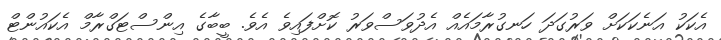
އެކަކު އަނެކަކަށް ވަރުގަދަ ހަނގުރާމައެއް އެދުވަސްވަރު ކޮށްފައިވެ އެވެ. ބީބާގެ އިންސްޓަގްރާމް އެކައުންޓް